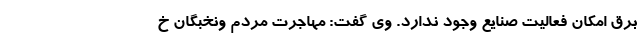
برق امکان فعالیت صنایع وجود ندارد. وی گفت: مهاجرت مردم و‌نخبگان خ